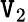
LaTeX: \mathtt{V}_{2}